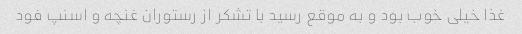
غذا خیلی خوب بود و به موقع رسید با تشکر از رستوران غنچه و اسنپ فود